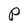
Character: P